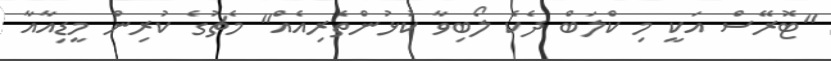
"ޓޮރޭސް އަކީ މި ކްލަބް ދެކެ ލޯބިވާ ކުޅުންތެރިއެއް" މެޗުގެ ކުރިން މީޑިއާއާ